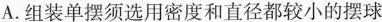
A.组装单摆须选用密度和直径都较小的摆球